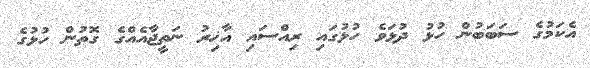
އެކަމުގެ ސަބަބުން ހުޅު ދުޅަވެ ހުޅުގައި ރިއްސައި އާޚިރު ނަތީޖާއެއްގެ ގޮތުން ހުޅުގެ